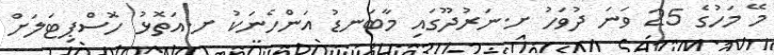
މޭ މަހުގެ 25 ވަނަ ދުވަހު ށ.ނަރުދޫގައި މާބަނޑު އަންހެނަކު ށ.އަތޮޅު ހޮސްޕިޓަލަށް